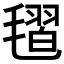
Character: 𣯥